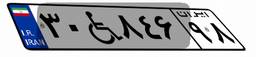
۳۰W۸۴۶۹۸